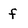
Character: f